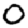
Digit: 0